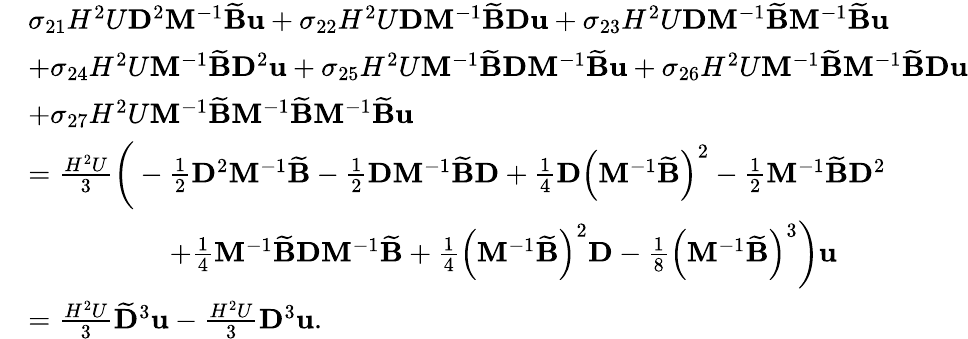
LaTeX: \begin{array}{rl}&{\sigma_{21}H^{2}U\mathbf{D}^{2}\mathbf{M}^{-1}\widetilde{\mathbf{B}}\mathbf{u}+\sigma_{22}H^{2}U\mathbf{D}\mathbf{M}^{-1}\widetilde{\mathbf{B}}\mathbf{D}\mathbf{u}+\sigma_{23}H^{2}U\mathbf{D}\mathbf{M}^{-1}\widetilde{\mathbf{B}}\mathbf{M}^{-1}\widetilde{\mathbf{B}}\mathbf{u}}\\ &{+\sigma_{24}H^{2}U\mathbf{M}^{-1}\widetilde{\mathbf{B}}\mathbf{D}^{2}\mathbf{u}+\sigma_{25}H^{2}U\mathbf{M}^{-1}\widetilde{\mathbf{B}}\mathbf{D}\mathbf{M}^{-1}\widetilde{\mathbf{B}}\mathbf{u}+\sigma_{26}H^{2}U\mathbf{M}^{-1}\widetilde{\mathbf{B}}\mathbf{M}^{-1}\widetilde{\mathbf{B}}\mathbf{D}\mathbf{u}}\\ &{+\sigma_{27}H^{2}U\mathbf{M}^{-1}\widetilde{\mathbf{B}}\mathbf{M}^{-1}\widetilde{\mathbf{B}}\mathbf{M}^{-1}\widetilde{\mathbf{B}}\mathbf{u}}\\ &{=\frac{H^{2}U}{3}\bigg(-\frac{1}{2}\mathbf{D}^{2}\mathbf{M}^{-1}\widetilde{\mathbf{B}}-\frac{1}{2}\mathbf{D}\mathbf{M}^{-1}\widetilde{\mathbf{B}}\mathbf{D}+\frac{1}{4}\mathbf{D}\left(\mathbf{M}^{-1}\widetilde{\mathbf{B}}\right)^{2}-\frac{1}{2}\mathbf{M}^{-1}\widetilde{\mathbf{B}}\mathbf{D}^{2}}\\ &{\quad\quad\quad\quad\quad+\frac{1}{4}\mathbf{M}^{-1}\widetilde{\mathbf{B}}\mathbf{D}\mathbf{M}^{-1}\widetilde{\mathbf{B}}+\frac{1}{4}\left(\mathbf{M}^{-1}\widetilde{\mathbf{B}}\right)^{2}\mathbf{D}-\frac{1}{8}\left(\mathbf{M}^{-1}\widetilde{\mathbf{B}}\right)^{3}\bigg)\mathbf{u}}\\ &{=\frac{H^{2}U}{3}\widetilde{\mathbf{D}}^{3}\mathbf{u}-\frac{H^{2}U}{3}\mathbf{D}^{3}\mathbf{u}.}\end{array}